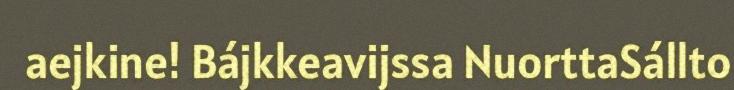
aejkine! Bájkkeavijssa NuorttaSállto